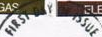
FIRST DAY ISSUE